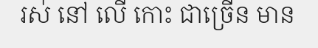
រស់ នៅ លើ កោះ ជាច្រើន មាន